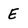
Character: E